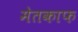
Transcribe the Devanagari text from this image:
मेतकाफ